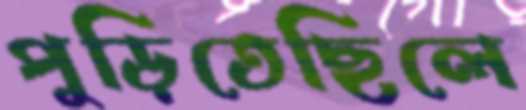
পুড়িতেছিলে